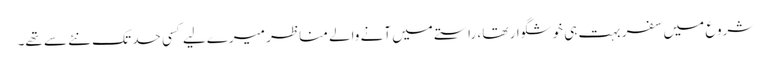
شروع میں سفر بہت ہی خوشگوار تھا ، راستے میں آنے والے مناظر میرےلیے کسی حد تک نئے سے تھے۔